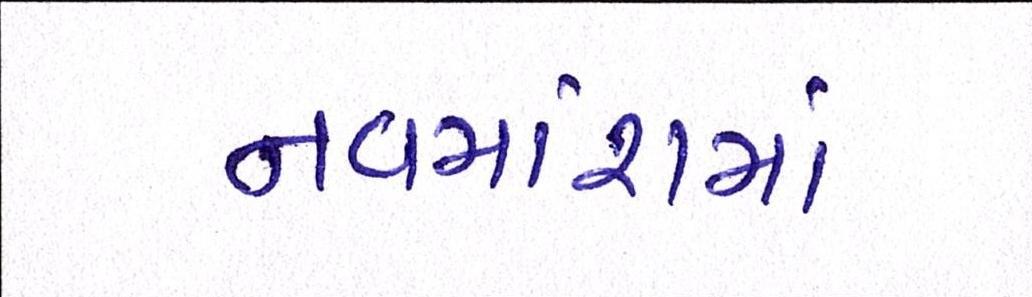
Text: નવમાંશમાં